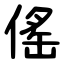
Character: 傜